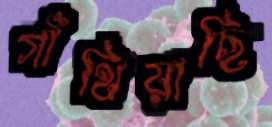
গাঁথিয়াছি